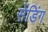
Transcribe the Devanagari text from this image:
सेंडिंग